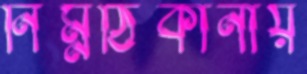
নিম্নঠিকানায়